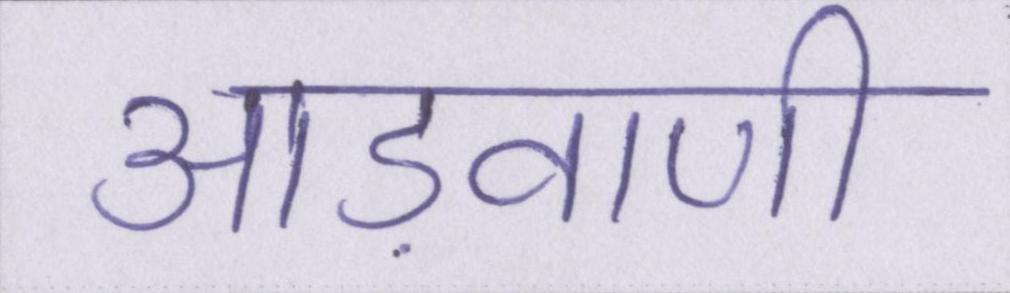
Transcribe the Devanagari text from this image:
आड़वाणी